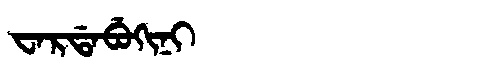
Manchu: ᠸᠠᡵᡩᠠᠪᡠᡴᡳᠨᡳ
Romanization: WARDABUKINI